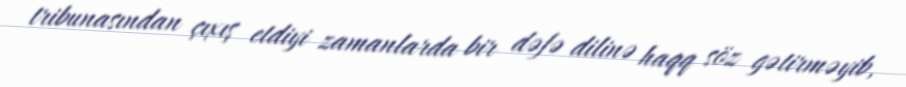
tribunasından çıxış etdiyi zamanlarda bir dəfə dilinə haqq söz gətirməyib,